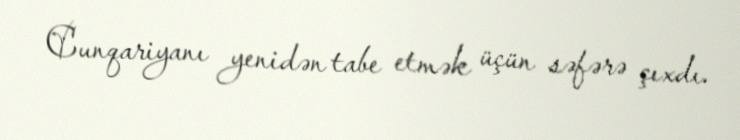
Cunqariyanı yenidən tabe etmək üçün səfərə çıxdı.